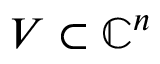
V \subset \mathbb { C } ^ { n }